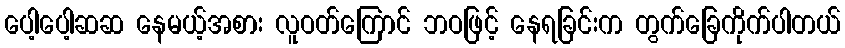
ပေါ့ပေါ့ဆဆ နေမယ့်အစား လူဝတ်ကြောင် ဘဝဖြင့် နေရခြင်းက တွက်ခြေကိုက်ပါတယ်